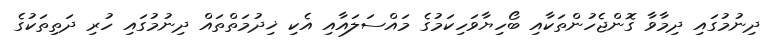
ދިނުމުގައި ދިމާވާ ގޮންޖެހުންތަކާއި ބޯހިޔާވަހިކަމުގެ މައްސަލައާއި އެކި ޚިދުމަތްތައް ދިނުމުގައި ހުރި ދަތިތަކުގެ